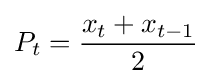
P_{t}={\frac {x_{t}+x_{t-1}}{2}}